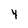
Character: 4